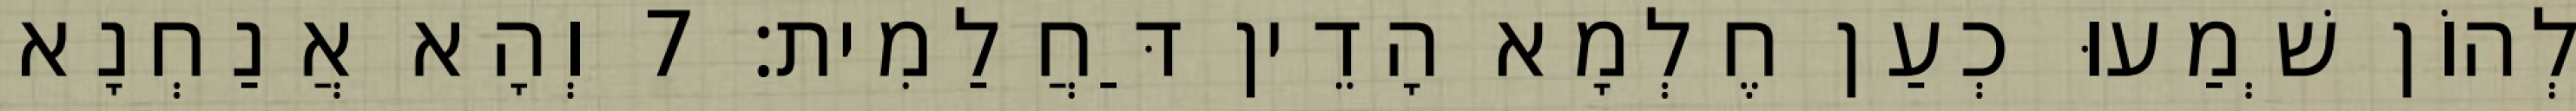
לְהוֹן שְׁמַעוּ כְעַן חֶלְמָא הָדֵין דַּחֲלַמִית׃ 7 וְהָא אֲנַחְנָא